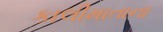
કાલીમાતાના